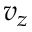
v _ { z }